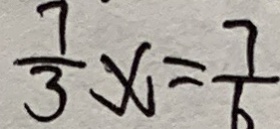
\frac { 7 } { 3 } x = \frac { 7 } { 6 }